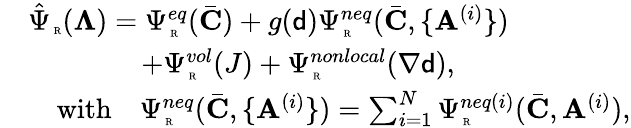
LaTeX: \begin{array}{rl}&{\hat{\Psi}_{\mathrm{\tiny~R}}(\boldsymbol{\Lambda})=\Psi_{\mathrm{\tiny~R}}^{eq}(\bar{\mathbf{C}})+g({\mathsf{d}})\Psi_{\mathrm{\tiny~R}}^{neq}(\bar{\mathbf{C}},\{ \mathbf{A}^{(i)}\} )}\\ &{\quad\quad\quad\quad+\Psi_{\mathrm{\tiny~R}}^{vol}(J)+\Psi_{\mathrm{\tiny~R}}^{nonlocal}(\nabla{\mathsf{d}}),}\\ &{\quad\mathrm{with}\quad\Psi_{\mathrm{\tiny~R}}^{neq}(\bar{\mathbf{C}},\{ \mathbf{A}^{(i)}\} )=\sum_{i=1}^{N}\Psi_{\mathrm{\tiny~R}}^{neq(i)}(\bar{\mathbf{C}},\mathbf{A}^{(i)}),}\end{array}